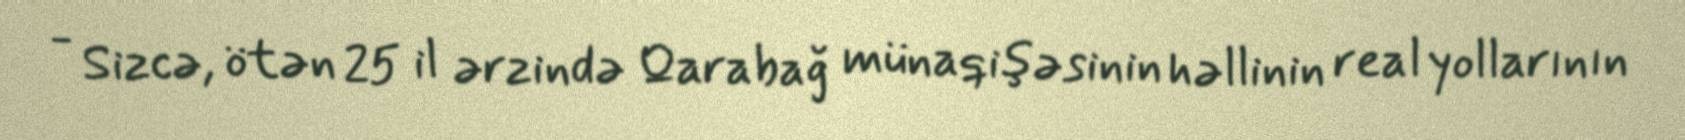
- Sizcə, ötən 25 il ərzində Qarabağ münaqişəsinin həllinin real yollarının